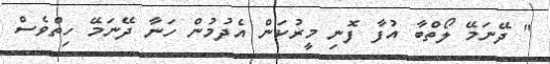
" ދޭނަމޭ ލޯތްބާ އުފާ ފޮނި މީރުކަން އެދުމުން ހަނާ ދޭނަމޭ ހިތްވެސް